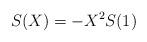
LaTeX: \begin{align*}S(X) =-X^{2}S(1) \end{align*}